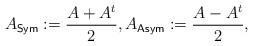
LaTeX: \begin{align*}A_{\sf Sym}:=\frac{A+A^t}2,A_{\sf Asym}:=\frac{A-A^t}2,\end{align*}